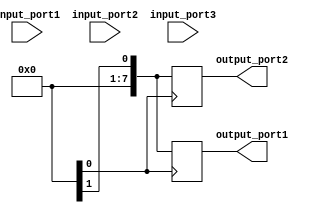
module test_case_generator(
    input wire [7:0] input_port1,
    input wire [7:0] input_port2,
    input wire [7:0] input_port3,
    output reg [7:0] output_port1,
    output reg [7:0] output_port2
);

always @ (posedge clk) begin
    // Randomly select input values for the design under test
    input_port1 = $random;
    input_port2 = $random;
    input_port3 = $random;
    
    // Specify the range of possible input values for each input port
    
    // Specify the desired output values for each output port
    output_port1 = $random;
    output_port2 = $random;
    
    // Reset the design before each test case
    
    // Check for specific error conditions during the test
    
    // Check the output values against the expected values to verify correctness
    
end

endmodule